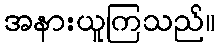
အနားယူကြသည်။